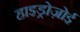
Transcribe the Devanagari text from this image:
हाइड्रोज़ोई